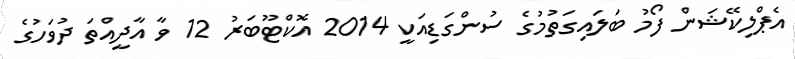
އެޕްލިކޭޝަން ފޯމު ބަލައިގަތުމުގެ ސުންގަޑިއަކީ 2014 އޮކްޓޫބަރު 12 ވާ އާދީއްތަ ދުވަހުގެ